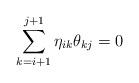
LaTeX: \begin{align*}\sum_{k=i+1}^{j+1}\eta_{ik}\theta_{kj} = 0\end{align*}